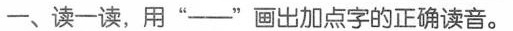
一、读一读，用”——”画出加点字的正确读音。